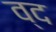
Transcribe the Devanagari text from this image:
व्द